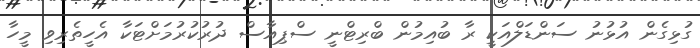
ގުޅިގެން އުޅުނު ސަންޑަލްއަކީ ރާ ބުއިމުން ބްރިޓްނީ ސްޕިއާސް ދުރުކުރުމަށްޓަކާ އެހީތެރިވި މީހާ